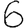
Digit: 6